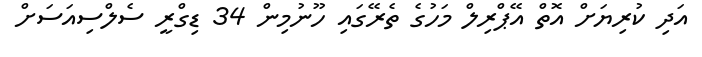
އަދި ކުރިޔަށް އޮތް އޭޕްރިލް މަހުގެ ތެރޭގައި ހޫނުމިން 34 ޑިގްރީ ސެލްސިއަސަށް